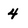
Character: 4